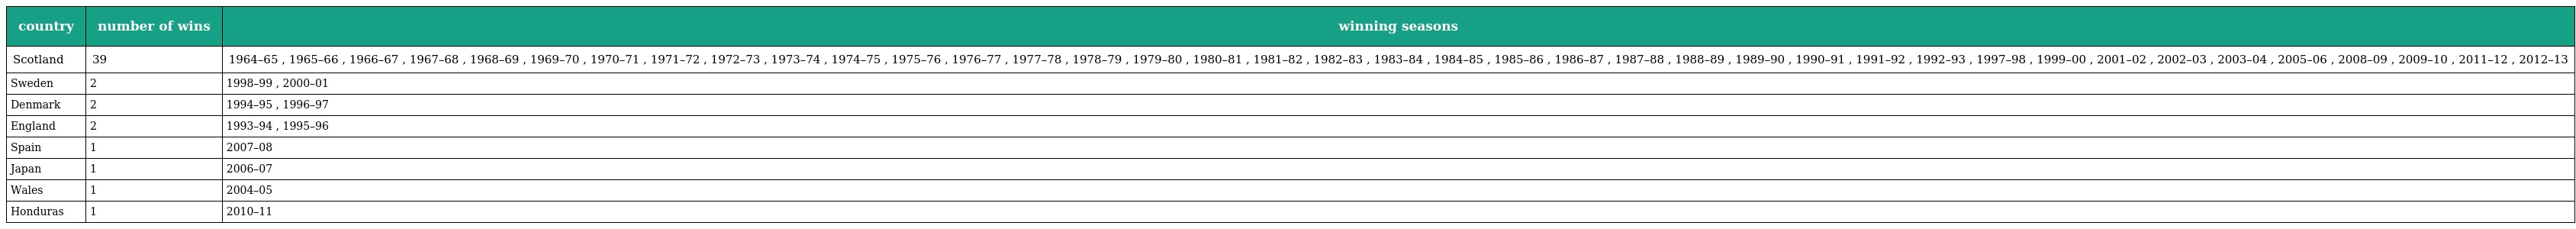
| country | number of wins | winning seasons |
 | --- | --- | --- |
 | Scotland | 39 | 1964–65 , 1965–66 , 1966–67 , 1967–68 , 1968–69 , 1969–70 , 1970–71 , 1971–72 , 1972–73 , 1973–74 , 1974–75 , 1975–76 , 1976–77 , 1977–78 , 1978–79 , 1979–80 , 1980–81 , 1981–82 , 1982–83 , 1983–84 , 1984–85 , 1985–86 , 1986–87 , 1987–88 , 1988–89 , 1989–90 , 1990–91 , 1991–92 , 1992–93 , 1997–98 , 1999–00 , 2001–02 , 2002–03 , 2003–04 , 2005–06 , 2008–09 , 2009–10 , 2011–12 , 2012–13 |
 | Sweden | 2 | 1998–99 , 2000–01 |
 | Denmark | 2 | 1994–95 , 1996–97 |
 | England | 2 | 1993–94 , 1995–96 |
 | Spain | 1 | 2007–08 |
 | Japan | 1 | 2006–07 |
 | Wales | 1 | 2004–05 |
 | Honduras | 1 | 2010–11 |